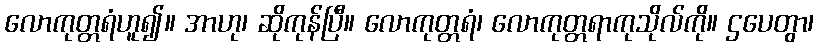
လောကုတ္တရံဟူ၍။ အာဟု၊ ဆိုကုန်ပြီ။ လောကုတ္တရံ၊ လောကုတ္တရာကုသိုလ်ကို။ ဌပေတွာ၊